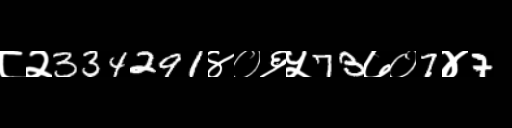
Text: ८२334291४०६५73७०7४7